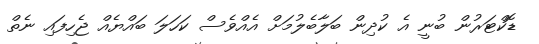
ޑޮކްޓަރުން ބުނީ އެ ކުދިން ބަލާބެލުމަށް އެއްވެސް ކަހަލަ ބައްޔެއް ޖެހިފައި ނެތް